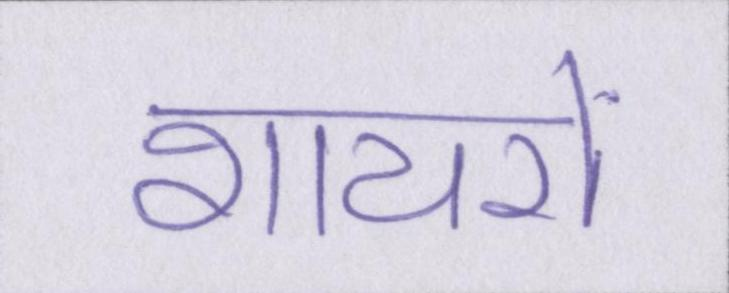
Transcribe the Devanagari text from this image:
शायरों